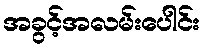
အခွင့်အလမ်းပေါင်း